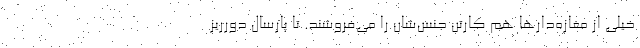
خیلی از مغازه‌دارها هم کارتن جنس‌شان را می‌فروشند. تا پارسال دورریز